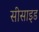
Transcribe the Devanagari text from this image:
सीसाइड